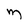
Character: m